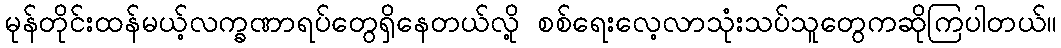
မုန်တိုင်းထန်မယ့်လက္ခဏာရပ်တွေရှိနေတယ်လို့ စစ်ရေးလေ့လာသုံးသပ်သူတွေကဆိုကြပါတယ်။